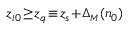
z _ { i 0 } \! \ge \! z _ { q } \! \equiv \! z _ { s } \! + \! \Delta _ { { \scriptscriptstyle M } } ( n _ { 0 } )